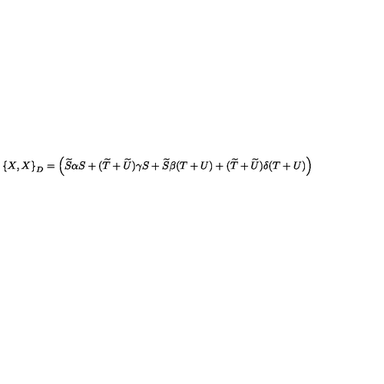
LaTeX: \left\{ X , X \right\} _ { D } = \left( \widetilde { S } \alpha S + ( \widetilde { T } + \widetilde { U } ) \gamma S + \widetilde { S } \beta ( T + U ) + ( \widetilde { T } + \widetilde { U } ) \delta ( T + U ) \right)